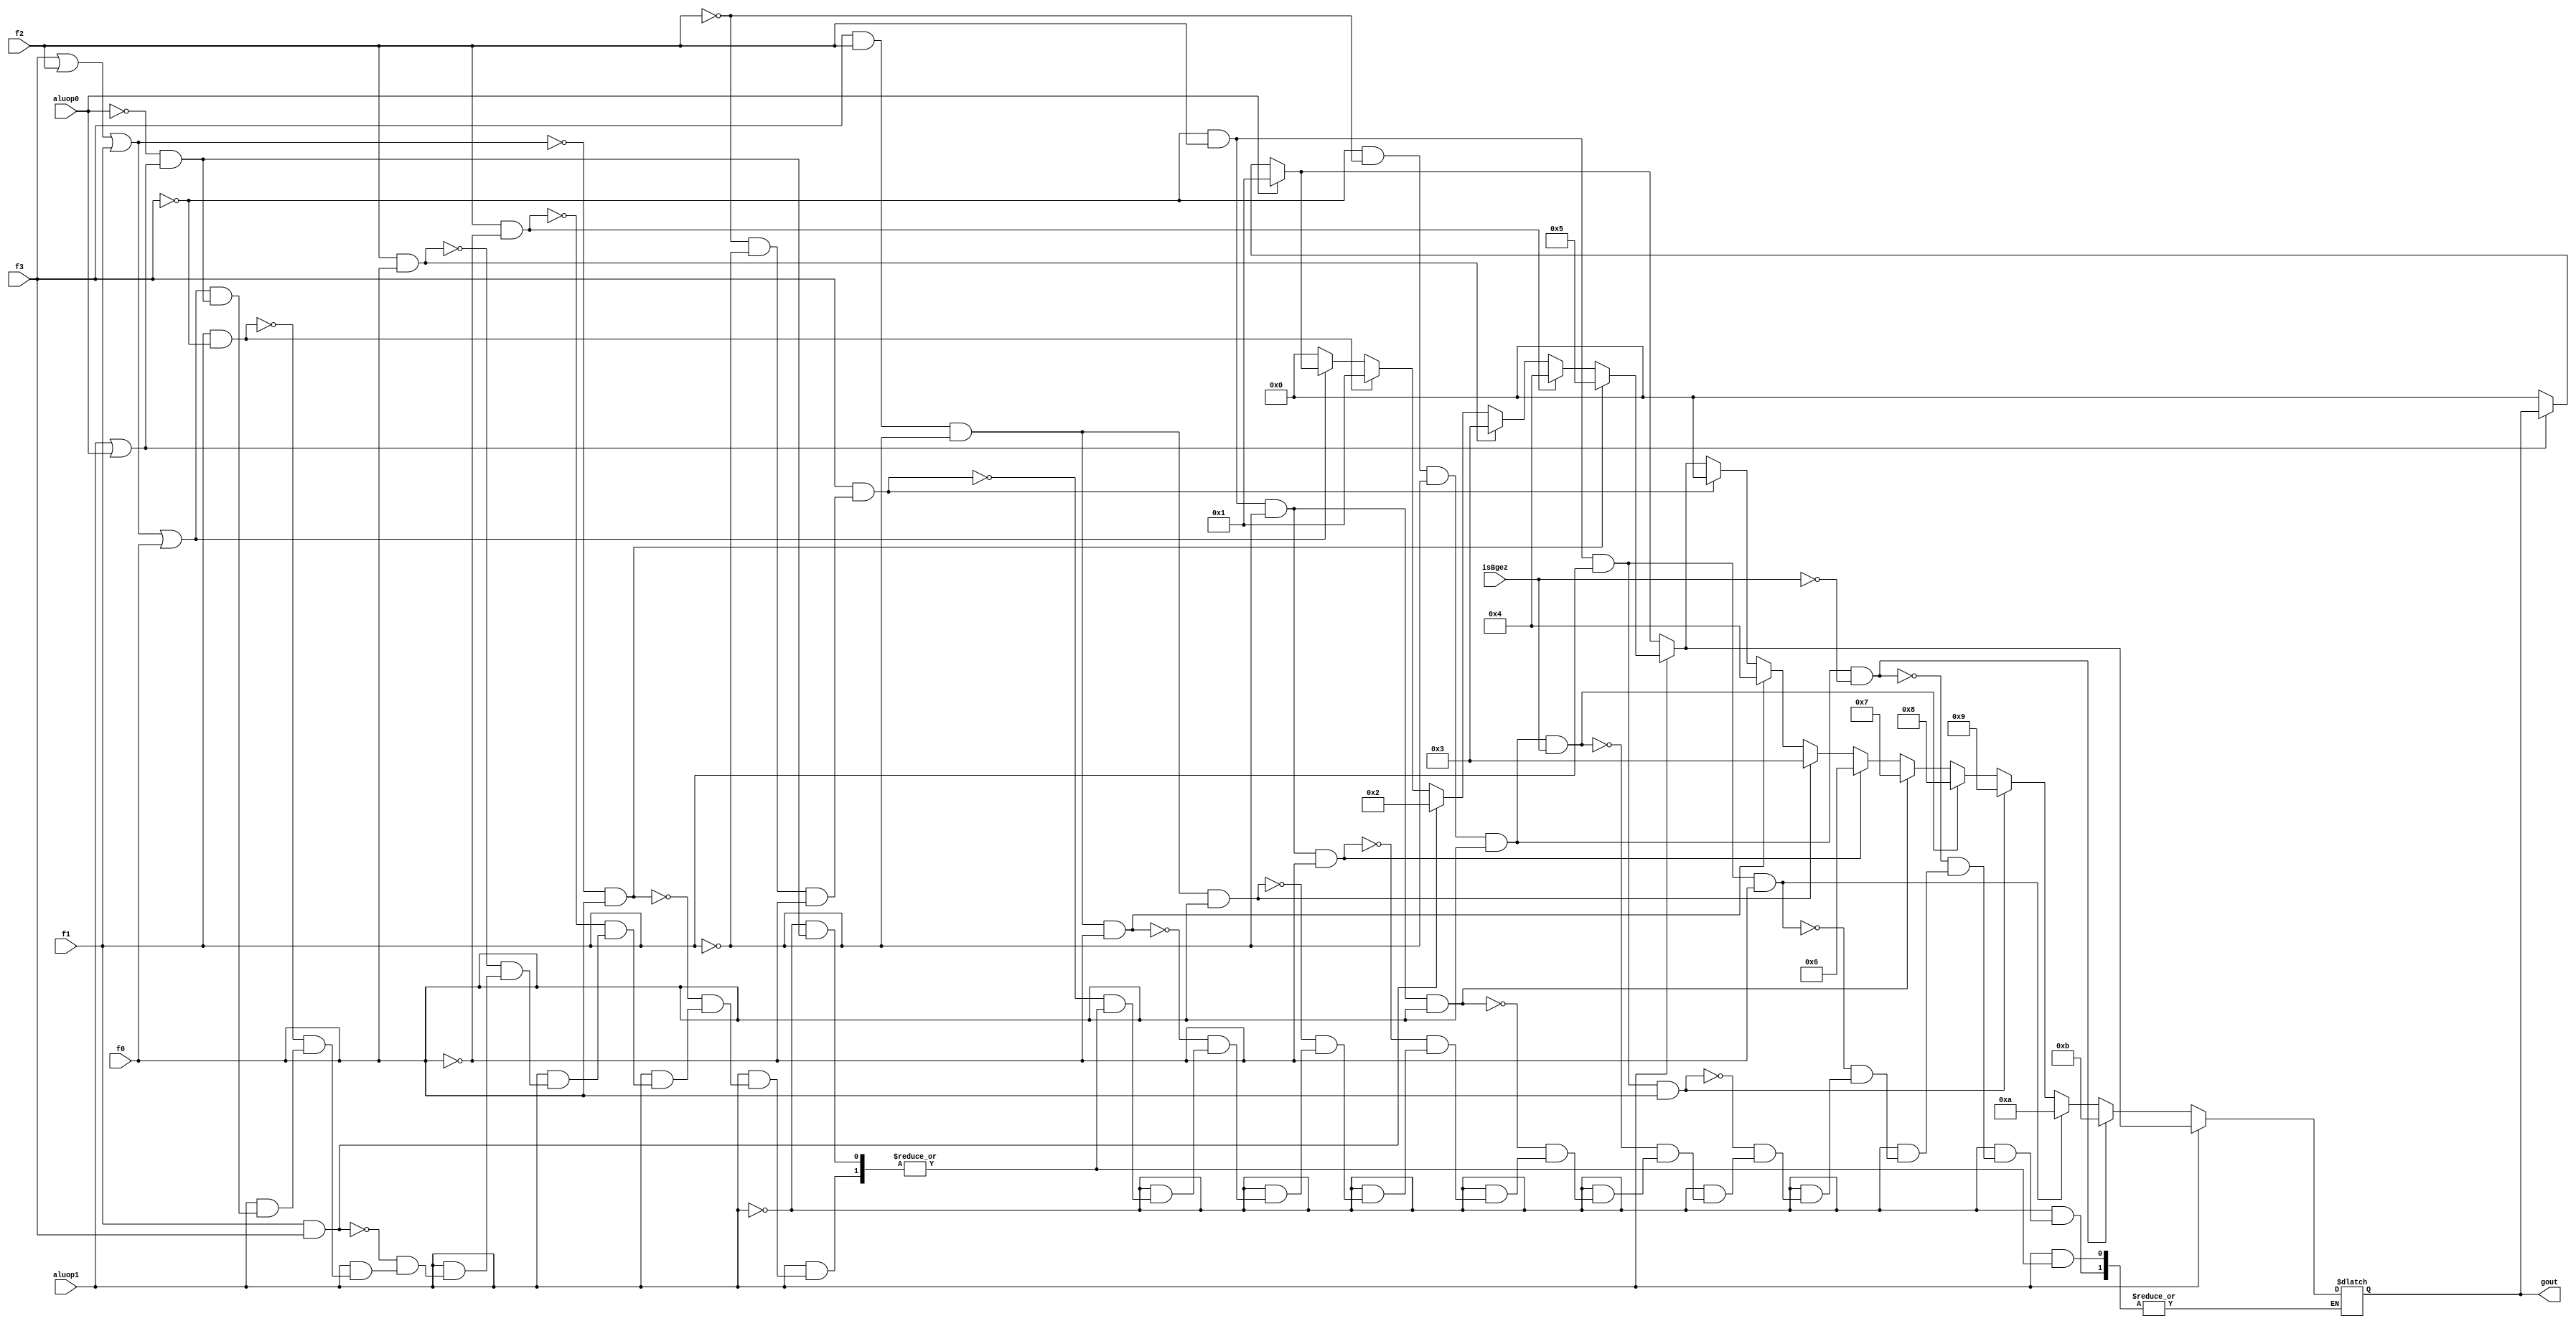
module alucont(aluop1,aluop0,f3,f2,f1,f0,gout,isBgez);//Figure 4.12 
input aluop1,aluop0,f3,f2,f1,f0,isBgez; //isBgez added to differ from the bltz
output [3:0] gout;
reg [3:0] gout;
always @(aluop1 or aluop0 or f3 or f2 or f1 or f0)
begin
if(~(aluop1|aluop0))  gout=4'b0000;
if(aluop0)gout=4'b0001;
if(aluop1)//R-type
	begin
	if (~(f3|f2|f1|f0))gout=4'b0000; 	//function code=0000,ALU control=0000 (add)
	if (f1&~(f3))gout=4'b0001;		//function code=0x10,ALU control=0001 (sub)
	if (f1&f3)gout=4'b0010;			//function code=1x1x,ALU control=0010 (set on less than)
	if (f2&f0)gout=4'b0011;			//function code=x1x1,ALU control=0011 (or)
	if (f2&~(f0))gout=4'b0100;		//function code=x1x0,ALU control=0100 (and)
	
	if (~(f3|f2|f1)&f0)gout=4'b0101;	//function code=0001,ALU control=0101 (nor)
	$monitor("adad");
	end
if(~aluop1)
	begin
	if(f3&(~f2&~f1&~f0)) gout=4'b0000;			//opcode : 00 1000 ADDi
	if(f3&f2&(~f1)&(~f0)) gout=4'b0100;			//opcode : 00 1100 ANDi
	if(f3&f2&(~f1)&f0) gout=4'b0011;			//opcode: 00 1101 ORi
	if(~f3&f2&(~f1)&(~f0)) gout=4'b0110;			//opcode: 00 0100 BEQ
	if(~f3&f2&(~f1)&(f0)) gout=4'b0111;			//opcode: 00 0101 BNE
	if(~f3&(~f2)&(~f1)&(f0)&(isBgez)) gout=4'b1000;		//opcode: 00 0001 BGEZ
	if(~f3&(f2)&(f1)&(f0)) gout=4'b1001;			//opcode: 00 0111 BGTZ	
	if(~f3&(f2)&(f1)&(~f0)) gout=4'b1010;			//opcode: 00 0110 BLEZ
	if(~f3&(~f2)&(~f1)&(f0)&(~isBgez)) gout=4'b1011;	//opcode: 00 0001 BLTZ
	end

end
endmodule